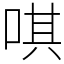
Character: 唭